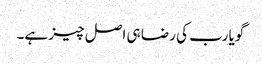
گویا رب کی رضا ہی اصل چیز ہے۔